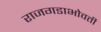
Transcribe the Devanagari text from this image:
राजगडाभोवती